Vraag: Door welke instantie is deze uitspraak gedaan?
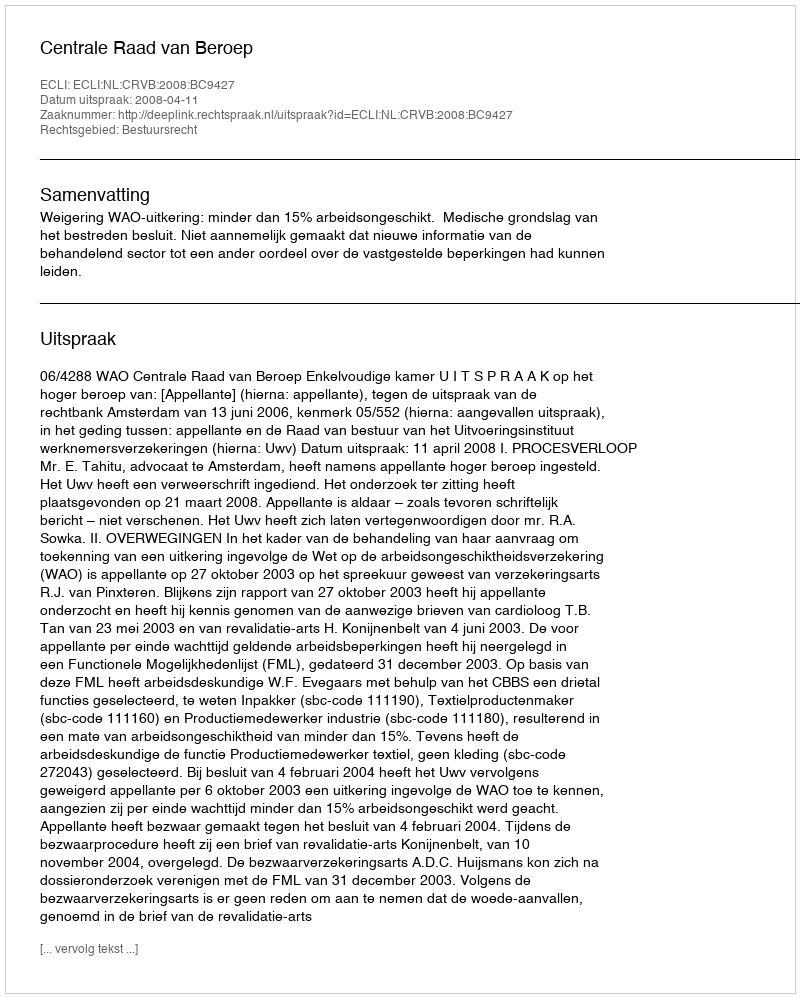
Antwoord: Centrale Raad van Beroep